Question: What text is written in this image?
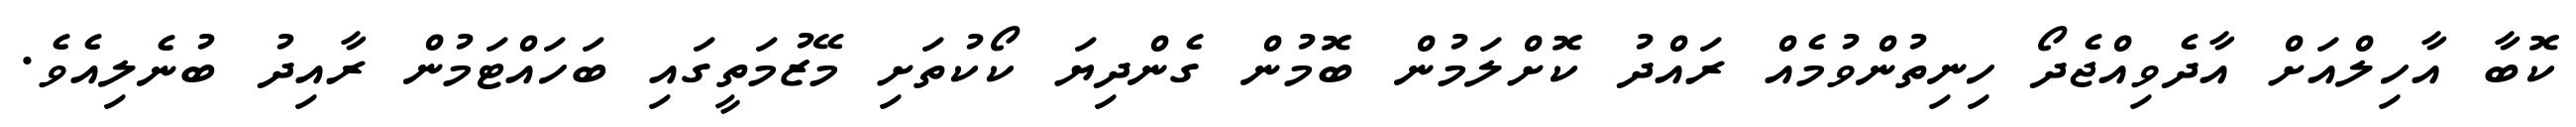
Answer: ކޮބާ އާހިލްއަށް އާދެވިއްޖެދޯ ހިނިތުންވުމެއް ރައްދު ކޮށްލަމުން ބޮމުން ގެންދިޔަ ކޯކުތަށި މޭޒުމަތީގައި ބަހައްޓަމުން ރާއިދު ބުނެލިއެވެ.